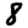
Digit: 8